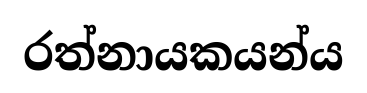
රත්නායකයන්ය